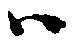
ハ